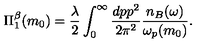
\Pi _ { 1 } ^ { \beta } ( m _ { 0 } ) = \frac { \lambda } { 2 } \int _ { 0 } ^ { \infty } \frac { d p p ^ { 2 } } { 2 \pi ^ { 2 } } \frac { n _ { B } ( \omega ) } { \omega _ { p } ( m _ { 0 } ) } .